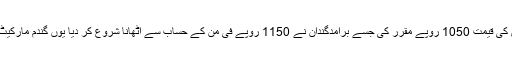
حکومت نے گندم کی فی بوری کی قیمت 1050 روپے مقرر کی جسے برآمدگندان نے 1150 روپے فی من کے حساب سے اٹھانا شروع کر دیا یوں گندم مارکیٹ سے غائب ہونا شروع ہو گئی۔